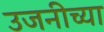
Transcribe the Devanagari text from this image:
उजनीच्या